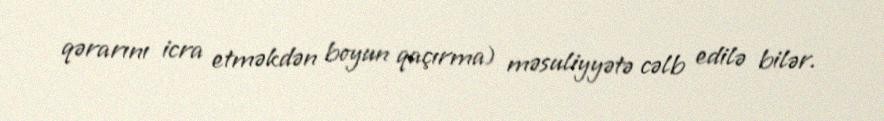
qərarını icra etməkdən boyun qaçırma) məsuliyyətə cəlb edilə bilər.